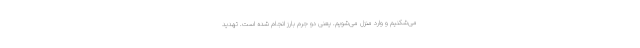
می‌شکنیم و وارد منزل می‌شویم. یعنی دو جرم بارز انجام شده است. تهدید